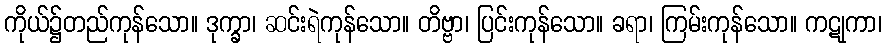
ကိုယ်၌တည်ကုန်သော။ ဒုက္ခာ၊ ဆင်းရဲကုန်သော။ တိဗ္ဗာ၊ ပြင်းကုန်သော။ ခရာ၊ ကြမ်းကုန်သော။ ကဋုကာ၊